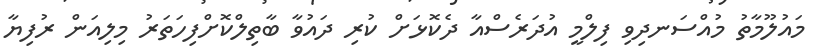
މައުލޫމާތު މުއްސަނދިވި ފިލްމީ އުދަރެސްއާ ދެކޮޅަށް ކުރި ދައުވާ ބާތިލްކޮށްފިހަތަރު މިލިއަން ރުފިޔާ